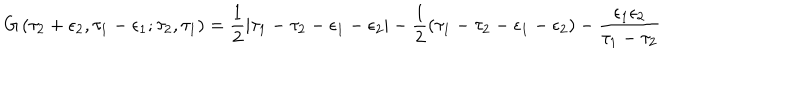
LaTeX: G \left( \tau _ { 2 } + \epsilon _ { 2 } , \tau _ { 1 } - \epsilon _ { 1 } ; \tau _ { 2 } , \tau _ { 1 } \right) = \frac 1 2 | \tau _ { 1 } - \tau _ { 2 } - \epsilon _ { 1 } - \epsilon _ { 2 } | - \frac 1 2 \left( \tau _ { 1 } - \tau _ { 2 } - \epsilon _ { 1 } - \epsilon _ { 2 } \right) - \frac { \epsilon _ { 1 } \epsilon _ { 2 } } { \tau _ { 1 } - \tau _ { 2 } }